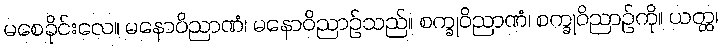
မစေခိုင်းလေ။ မနောဝိညာဏံ၊ မနောဝိညာဉ်သည်။ စက္ခုဝိညာဏံ၊ စက္ခုဝိညာဉ်ကို။ ယတ္ထ၊